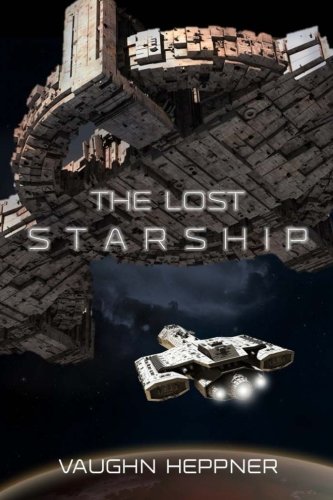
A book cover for The Lost Starship; Vaughn Heppner; Science Fiction & Fantasy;